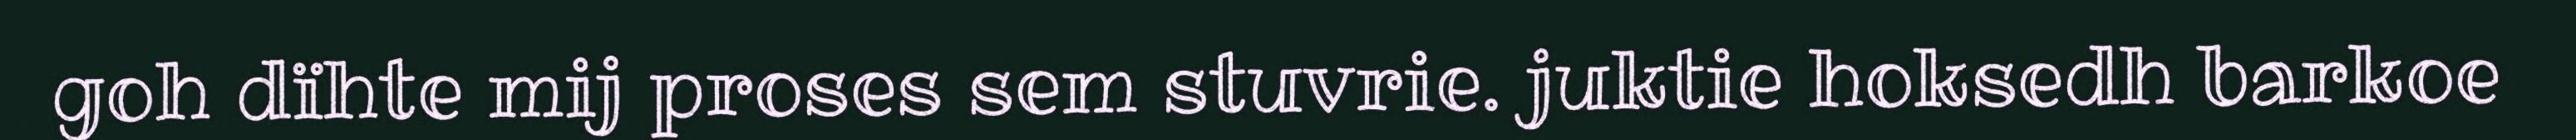
goh dïhte mij proses sem stuvrie. juktie hoksedh barkoe